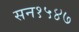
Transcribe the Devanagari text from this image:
सन१५४७